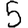
Digit: 5